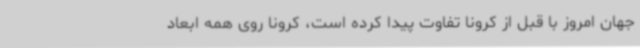
جهان امروز با قبل از کرونا تفاوت پیدا کرده است، کرونا روی همه ابعاد